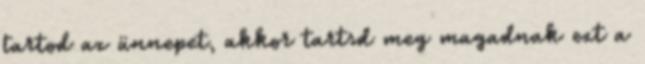
tartod az ünnepet, akkor tartsd meg magadnak ezt a